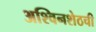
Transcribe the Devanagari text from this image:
अश्विनशेठची